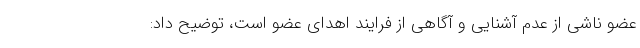
عضو ناشی از عدم آشنایی و آگاهی از فرایند اهدای عضو است، توضیح داد: